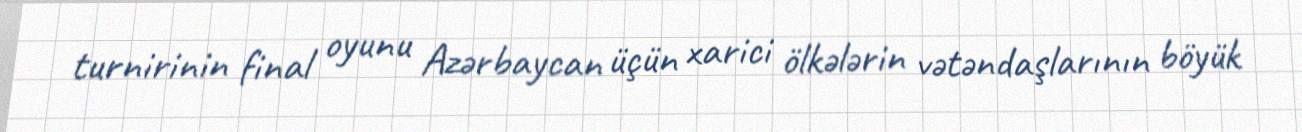
turnirinin final oyunu Azərbaycan üçün xarici ölkələrin vətəndaşlarının böyük